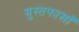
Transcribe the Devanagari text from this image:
मुस्तफाखाँ